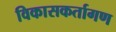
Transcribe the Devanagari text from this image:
विकासकर्तागण